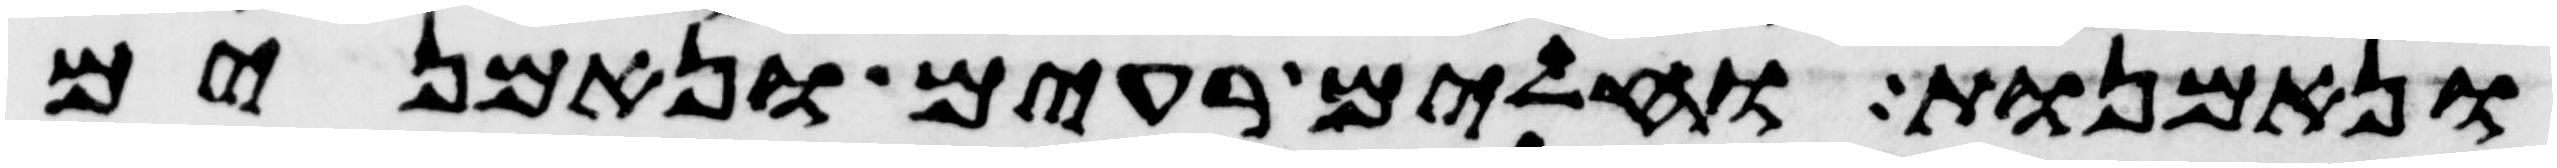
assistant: ונאמנות וחלים רעים ונאמנים